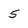
Character: 5